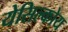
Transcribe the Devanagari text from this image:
येसिल्कोय